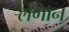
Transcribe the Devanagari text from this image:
लेगान